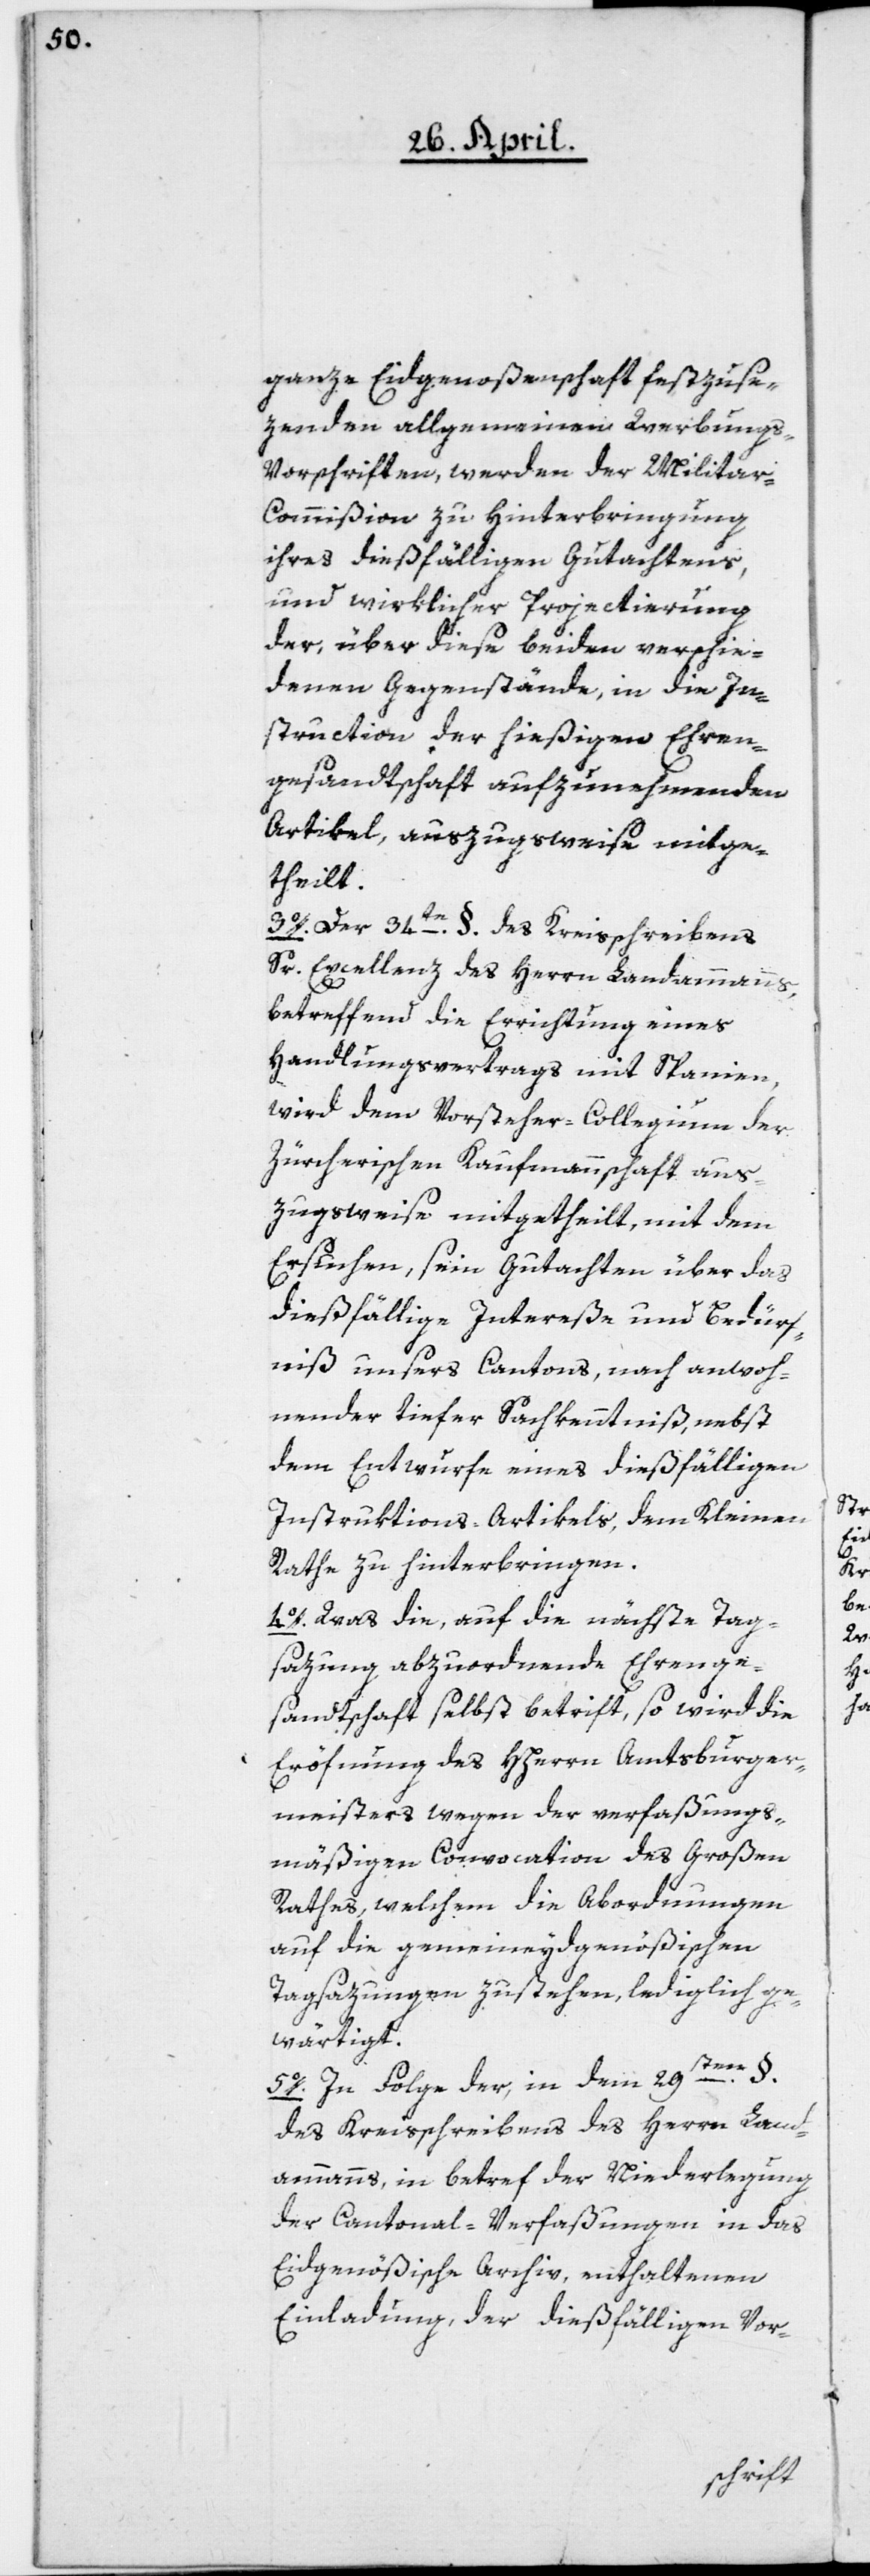
ganze Eidgenoßenschaft festzuse¬
zenden allgemeinen Werbungs-V¬
orschriften, werden der Militar-C¬
ommißion zu Hinterbringung
ihres dießfälligen Gutachtens,
und wirklicher Projectierung
der, über diese beiden verschie¬
denen Gegenstände, in die In¬
struction der hießigen Ehren¬
gesandtschaft aufzunehmenden
Artikel, auszugsweise mitge¬
theilt.
3o. Der 34te §. des Kreisschreibens
Sr. Excellenz des Herrn Landammanns,
betreffend die Errichtung eines
Handlungsvertrags mit Spanien,
wird dem Vorsteher-Collegium der
Zürcherischen Kaufmannschaft aus¬
zugsweise mitgetheilt, mit dem
Ersuchen, sein Gutachten über das
dießfällige Intereße und Bedürf¬
niß unsers Cantons, nach anwoh¬
nender tiefer Sachkenntniß, nebst
dem Entwurfe eines dießfälligen
Instruktions-Artikels, dem Kleinen
Rathe zu hinterbringen.
4o. Was die, auf die nächste Tag¬
sazung abzuordnende Ehrenge¬
sandtschaft selbst betrift, so wird die
Eröfnung der HHerrn Amtsburger¬
meisters wegen der verfaßungs¬
mäßigen Convocation des Großen
Rathes, welchem die Abordnungen
auf die gemeineydgenößischen
Tagsazungen zustehen, lediglich ge¬
wärtigt.
5o. In Folge der, in dem 29sten §.
des Kreisschreibens des Herrn Land¬
ammanns, in betref der Niederlegung
der Cantonal-Verfaßungen in das
Eidgenößische Archiv, enthaltenen
Einladung, der dießfälligen Vor-